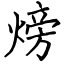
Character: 𪹚